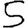
Digit: 5